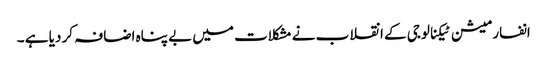
انفارمیشن ٹیکنالوجی کے انقلاب نے مشکلات میں بے پناہ اضافہ کر دیا ہے ۔